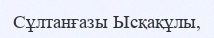
Сұлтанғазы Ысқақұлы,